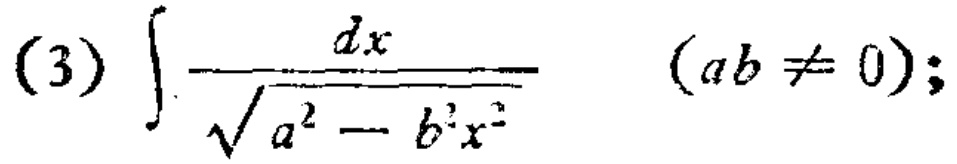
(3) $\int \frac{dx}{\sqrt{a^{2}-b^{2}x^{2}}}\quad (ab\neq 0);$